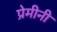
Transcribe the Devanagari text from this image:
प्रेमीनी